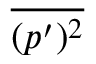
\overline { { ( p ^ { \prime } ) ^ { 2 } } }